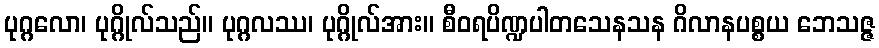
ပုဂ္ဂလော၊ ပုဂ္ဂိုလ်သည်။ ပုဂ္ဂလဿ၊ ပုဂ္ဂိုလ်အား။ စီဝရပိဏ္ဍပါတသေနသန ဂိလာနပစ္စယ ဘေသဇ္ဇ